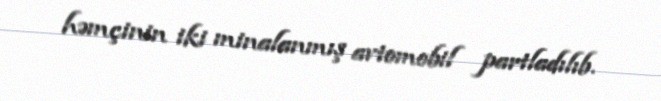
həmçinin iki minalanmış avtomobil partladılıb.